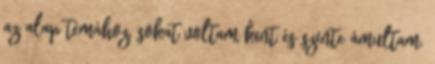
az alap témához, sokat voltam kint és szinte ámultam.